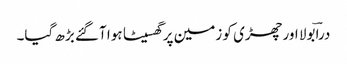
دراؔ بولا اور چھڑی کو زمین پر گھسیٹا ہوا آگئے بڑھ گیا۔